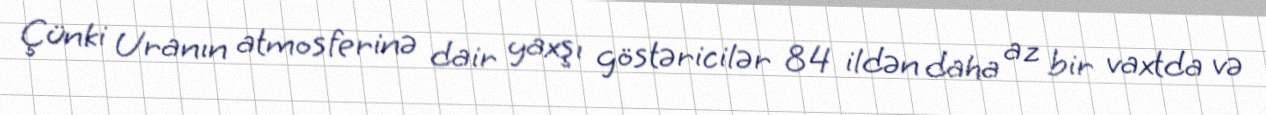
Çünki Uranın atmosferinə dair yaxşı göstəricilər 84 ildən daha az bir vaxtda və